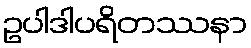
ဥပါဒါပရိတဿနာ